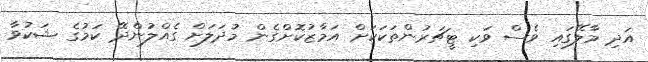
އަދި މާލޭގައި ވެސް ވަކި ޓީޗަރުންތަކަކަށް އަމާޒުކޮށްގެން މުދަލަށް ގެއްލުންދޭ ކަމުގެ ޝަކުވާ